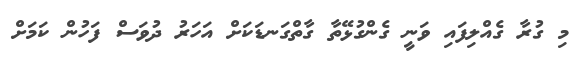
މި ގުރާ ގެއްލިފައި ވަނީ ގެންގުޅޭތާ ގާތްގަނޑަކަށް އަހަރު ދުވަސް ފަހުން ކަމަށް